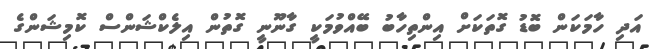
އަދި ހާމަކަން ބޮޑު ގޮތަކަށް އިންތިހާބު ބޭއްވުމަކީ ގާނޫނީ ގޮތުން އިލެކްޝަންސް ކޮމިޝަންގެ